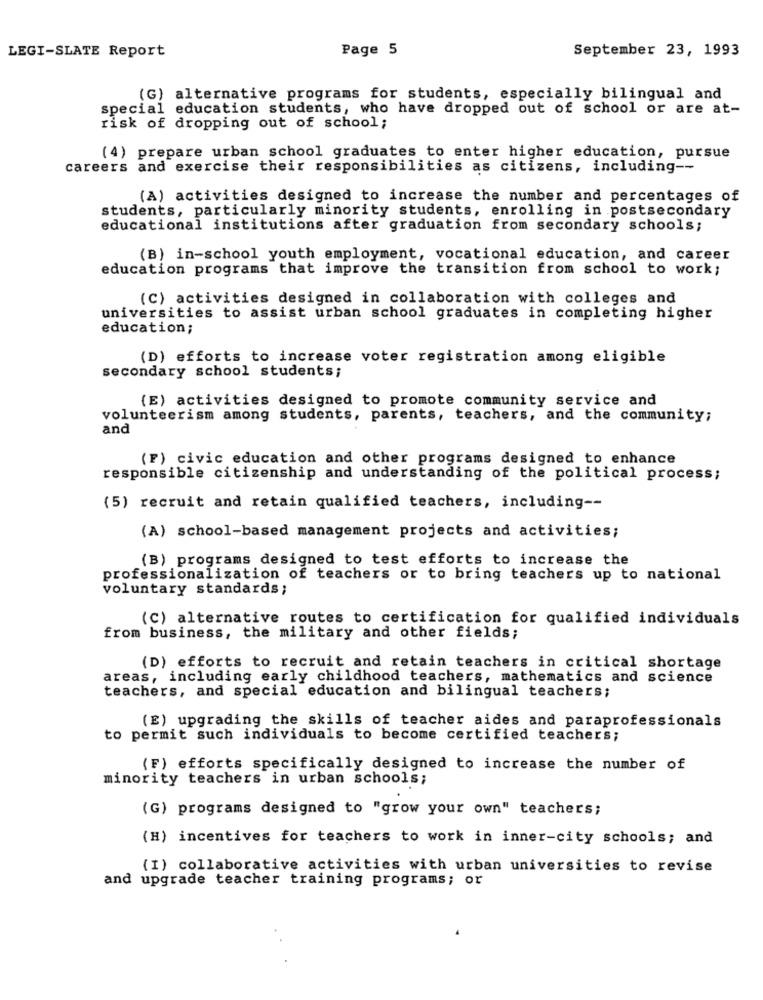
LEGI-SLATE Report
Page 5
September 23, 1993
(G) alternative programs for students, especially bilingual and
special education students, who have dropped out of school or are at-
risk of dropping out of school;
(4) prepare urban school graduates to enter higher education, pursue
careers and exercise their responsibilities as citizens, including --
(A) activities designed to increase the number and percentages of
students, particularly minority students, enrolling in postsecondary
educational institutions after graduation from secondary schools;
(B) in-school youth employment, vocational education, and career
education programs that improve the transition from school to work;
(C) activities designed in collaboration with colleges and
universities to assist urban school graduates in completing higher
education;
(D) efforts to increase voter registration among eligible
secondary school students;
(E) activities designed to promote community service and
volunteerism among students, parents, teachers, and the community;
and
(F) civic education and other programs designed to enhance
responsible citizenship and understanding of the political process;
(5) recruit and retain qualified teachers, including --
(A) school-based management projects and activities;
(B) programs designed to test efforts to increase the
professionalization of teachers or to bring teachers up to national
voluntary standards;
(C) alternative routes to certification for qualified individuals
from business, the military and other fields;
(D) efforts to recruit and retain teachers in critical shortage
areas, including early childhood teachers, mathematics and science
teachers, and special education and bilingual teachers;
(E) upgrading the skills of teacher aides and paraprofessionals
to permit such individuals to become certified teachers;
(F) efforts specifically designed to increase the number of
minority teachers in urban schools;
(G) programs designed to "grow your own" teachers;
(H) incentives for teachers to work in inner-city schools; and
(I) collaborative activities with urban universities to revise
and upgrade teacher training programs; or